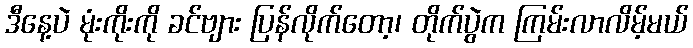
ဒီနေ့ပဲ မုံးကိုးကို ခင်ဗျား ပြန်လိုက်တော့၊ တိုက်ပွဲက ကြမ်းလာလိမ့်မယ်